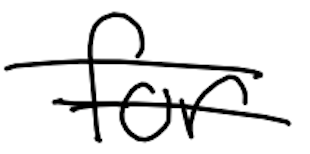
Text: for
Cross-out: double-line
Writing tool: digital_black